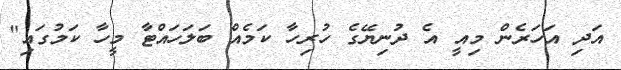
އަދި އަހަރެން މިއީ އެ ދުނިޔޭގެ ހުރިހާ ކަމެއް ބަލަހައްޓާ މީހާ ކަމުގައި"